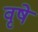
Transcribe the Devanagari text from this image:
वृषे